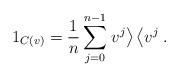
LaTeX: \begin{align*}1_{C\left(v \right) } = \frac{1}{n}\sum_{j = 0}^{n-1}\left. v^j \right\rangle \left\langle v^j \right..\end{align*}